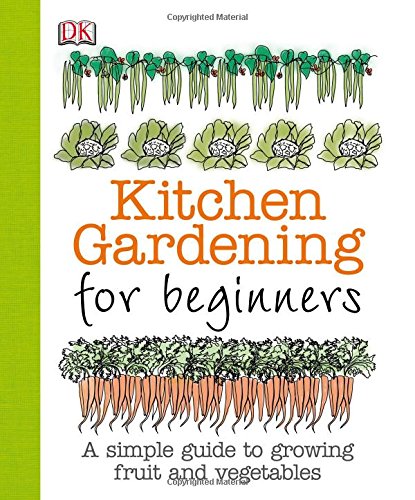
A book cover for Kitchen Gardening for Beginners; Simon Akeroyd; Crafts, Hobbies & Home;